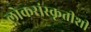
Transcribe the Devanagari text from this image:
लोकसंस्कृतीशी